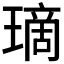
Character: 𤨬